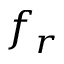
f _ { r }